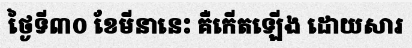
ថ្ងៃទី៣០ ខែមីនានេះ គឺកើតឡើង ដោយសារ